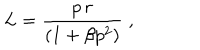
L = \frac { p \, r } { ( 1 + \beta p ^ { 2 } ) } \; ,